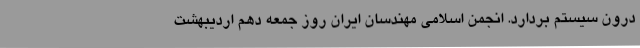
درون سیستم بردارد. انجمن اسلامی مهندسان ایران روز جمعه دهم اردیبهشت